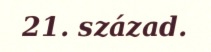
21. század.